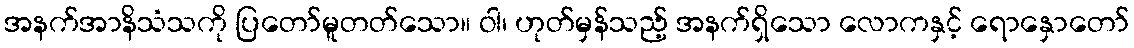
အနက်အာနိသံသကို ပြတော်မူတတ်သော။ ဝါ၊ ဟုတ်မှန်သည့် အနက်ရှိသော လောကနှင့် ရောနှောတော်